Report on the Civil Veterinary Department, Eastern Bengal and Assam - 1907-1911
Year: 1907
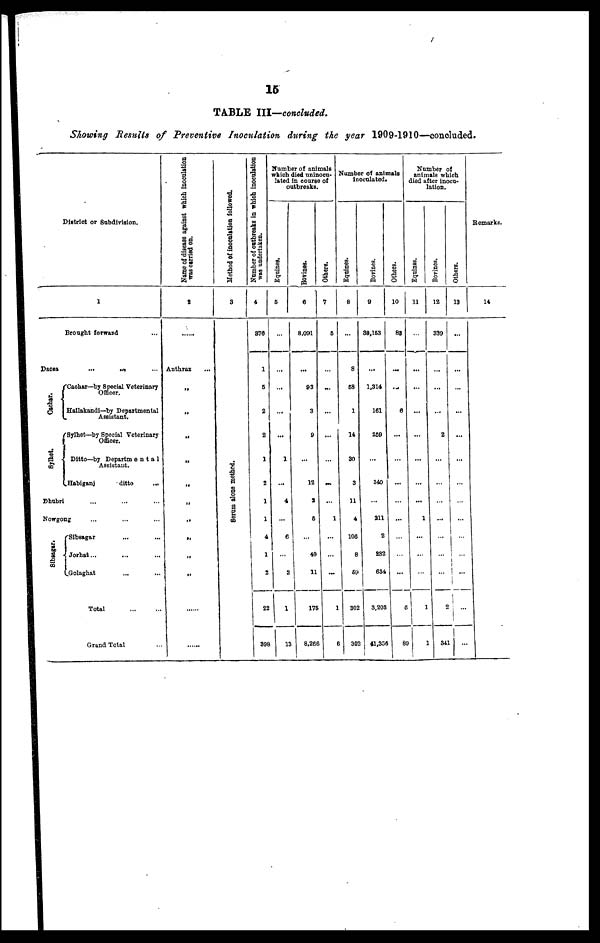
15
TABLE III—concluded.
Showing Results of Preventive Inoculation during the year 1909-1910—concluded.
District or Subdivision.
1
Brought forward …
Dacca
… … …
Cachar.
Sylhet.
Cachar—by Special Veterinary
Officer.
Hailakandi—by Departmental
Assistant.
Sylhet—by Special Veterinary
Officer.
Ditto—by Departmenta1
Assistant.
Habiganj
ditto
...
Dhubri
... … …
Nowgong ... … …
Sibssgar.
Sibsagar … …
Jorhat ... … …
Golaghat … …
Total … …
Grand Total …
Name of disease against which inoculation
was carried on.
2
......
Anthrax …
„
„
„
„
„
„
„
„
„
......
.......
Method of inoculation followed.
3
Serum alone methoed.
Number of outbreaks in which inoculation
was undertaken.
4
376
1
5
2
2
1
2
1
1
4
1
2
22
398
Number of animals
which died uninocu-
lated in course of
outbreaks.
Equines.
5
…
...
…
...
…
1
...
4
...
6
…
2
1
13
Bovines.
6
8,091
...
93
3
9
…
12
2
6
…
40
11
175
8,266
Others.
7
5
...
…
...
…
...
…
…
…
...
…
…
1
…
Number of animals
inoculated.
Equines.
8
...
8
58
1
14
30
3
11
4
106
8
69
302
302
Bovines.
9
38,153
...
1,314
161
259
...
340
...
211
2
282
634
3,203
41,356
Others.
10
88
...
…
6
...
…
...
…
…
…
…
...
6
89
Number of
animals which
died after inocu-
lation.
Equines.
11
…
...
…
...
…
…
…
…
1
...
…
…
…
1
1
Bovines.
12
339
...
…
...
2
...
...
…
...
…
...
…
…
2
341
Others.
13
...
...
…
...
…
...
…
…
...
…
…
…
…
1
…
Remarks.
14